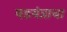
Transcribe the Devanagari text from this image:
षडयंत्राचा